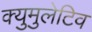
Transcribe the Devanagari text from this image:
क्युमुलेटिव